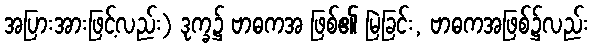
အပြားအားဖြင့်လည်း) ဒုက္ခ၌ ဗာဓကအ ဖြစ်၏ မြဲခြင်း, ဗာဓကအဖြစ်၌လည်း